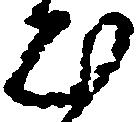
出